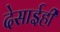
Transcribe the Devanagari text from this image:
देसाईही